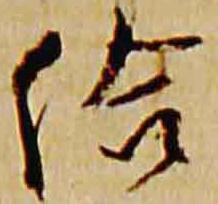
給